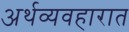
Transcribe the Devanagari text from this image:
अर्थव्यवहारात